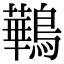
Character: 鷨